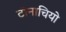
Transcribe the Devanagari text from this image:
टोनाचियो